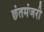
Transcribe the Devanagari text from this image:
छंतमंजरी